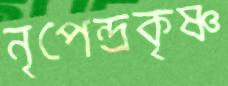
নৃপেন্দ্রকৃষ্ণ